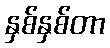
နှစ်နှစ်တာ